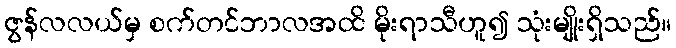
ဇွန်လလယ်မှ စက်တင်ဘာလအထိ မိုးရာသီဟူ၍ သုံးမျိုးရှိသည်။